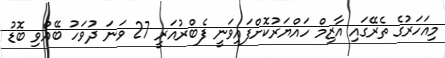
މިއަހަރުގެ ތެރޭގައި އާޒިމް ހައްޔަރުކޮށްފައިވަނީ ފެބްރުއަރީ 27 ވަނަ ދުވަހު ބޭއްވި ބޮޑު